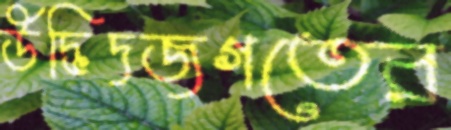
উদ্ভিদজগতের